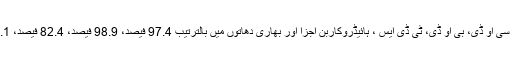
ان پر بھی سبزہ چٹائیوں کو آزمایا گیا تو سی او ڈی، بی او ڈی، ٹی ڈی ایس ، ہائیڈروکاربن اجزا اور بھاری دھاتوں میں بالترتیب 97.4 فیصد، 98.9 فیصد، 82.4 فیصد، 99.1 فیصد اور 80 فیصد کمی واقع ہوئی۔